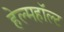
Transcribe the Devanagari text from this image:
हेल्महॉल्ट